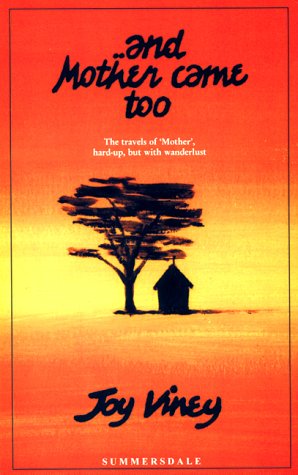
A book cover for And Mother Came Too; Joy Viney; Travel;